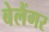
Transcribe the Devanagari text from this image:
बेलैंगर